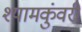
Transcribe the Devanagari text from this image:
श्यामकुंवरी